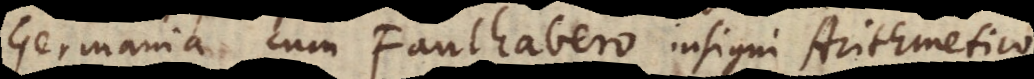
Germania cum Faulhabero insigni Mathemati